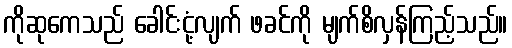
ကိုဆုကေသည် ခေါင်းငုံ့လျက် ဖခင်ကို မျက်စိလှန်ကြည့်သည်။